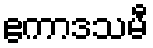
ဧကာဒသမီ